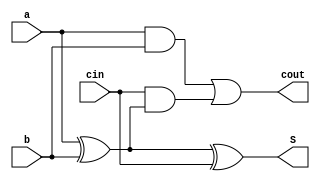
module FA(a, b, cin, S, cout); //bo cong full adder
  input a,b,cin;
  output S,cout;
  
  assign S=a^b^cin;
  assign cout=((a&b)|(cin&(a^b)));
  
endmodule

//adder 5bit
module adder_5bit(in1, in2, S, Cout);//bo cong 5bit
  input [4:0] in1, in2;
  output [4:0] S;
  output Cout;
  
  wire [4:1] temp;
 
  FA FA_0(.a(in1[0]), .b(in2[0]), .cin(1'b0), .S(S[0]), .cout(temp[1]));
  FA FA_1(.a(in1[1]), .b(in2[1]), .cin(temp[1]), .S(S[1]), .cout(temp[2]));
  FA FA_2(.a(in1[2]), .b(in2[2]), .cin(temp[2]), .S(S[2]), .cout(temp[3]));
  FA FA_3(.a(in1[3]), .b(in2[3]), .cin(temp[3]), .S(S[3]), .cout(temp[4]));
  FA FA_4(.a(in1[4]), .b(in2[4]), .cin(temp[4]), .S(S[4]), .cout(Cout));
endmodule

//adder 8bit
module adder_8bit(in1, in2, S, Cout);//bo cong 8 bit
  input [7:0] in1, in2;
  output [7:0] S;
  output Cout;
  
  wire [7:1] temp;
  
  FA FA_0(.a(in1[0]), .b(in2[0]), .cin(1'b0), .S(S[0]), .cout(temp[1]));
  FA FA_1(.a(in1[1]), .b(in2[1]), .cin(temp[1]), .S(S[1]), .cout(temp[2]));
  FA FA_2(.a(in1[2]), .b(in2[2]), .cin(temp[2]), .S(S[2]), .cout(temp[3]));
  FA FA_3(.a(in1[3]), .b(in2[3]), .cin(temp[3]), .S(S[3]), .cout(temp[4]));
  FA FA_4(.a(in1[4]), .b(in2[4]), .cin(temp[4]), .S(S[4]), .cout(temp[5]));
  FA FA_5(.a(in1[5]), .b(in2[5]), .cin(temp[5]), .S(S[5]), .cout(temp[6]));
  FA FA_6(.a(in1[6]), .b(in2[6]), .cin(temp[6]), .S(S[6]), .cout(temp[7]));
  FA FA_7(.a(in1[7]), .b(in2[7]), .cin(temp[7]), .S(S[7]), .cout(Cout));
endmodule 

//adder 10bit

module adder_10bit(in1, in2, S, Cout);//bo cong 10bit
  input [9:0] in1, in2;
  output [9:0] S;
  output Cout;
  
  wire [9:1] temp;

  FA FA_10(.a(in1[0]), .b(in2[0]), .cin(1'b0), .S(S[0]), .cout(temp[1]));
  FA FA_11(.a(in1[1]), .b(in2[1]), .cin(temp[1]), .S(S[1]), .cout(temp[2]));
  FA FA_12(.a(in1[2]), .b(in2[2]), .cin(temp[2]), .S(S[2]), .cout(temp[3]));
  FA FA_13(.a(in1[3]), .b(in2[3]), .cin(temp[3]), .S(S[3]), .cout(temp[4]));
  FA FA_14(.a(in1[4]), .b(in2[4]), .cin(temp[4]), .S(S[4]), .cout(temp[5]));
  FA FA_15(.a(in1[5]), .b(in2[5]), .cin(temp[5]), .S(S[5]), .cout(temp[6]));
  FA FA_16(.a(in1[6]), .b(in2[6]), .cin(temp[6]), .S(S[6]), .cout(temp[7]));
  FA FA_17(.a(in1[7]), .b(in2[7]), .cin(temp[7]), .S(S[7]), .cout(temp[8]));
  FA FA_18(.a(in1[8]), .b(in2[8]), .cin(temp[8]), .S(S[8]), .cout(temp[9]));
  FA FA_19(.a(in1[9]), .b(in2[9]), .cin(temp[9]), .S(S[9]), .cout(Cout));
endmodule

//adder 25bit
module adder_25bit(in1, in2, S, Cout);//bo cong 25bit
  input [24:0] in1, in2;
  output [24:0] S;
  output Cout;
  
  wire [24:1] temp;
  
  FA FA_20(.a(in1[0]), .b(in2[0]), .cin(1'b0), .S(S[0]), .cout(temp[1]));
  FA FA_21(.a(in1[1]), .b(in2[1]), .cin(temp[1]), .S(S[1]), .cout(temp[2]));
  FA FA_22(.a(in1[2]), .b(in2[2]), .cin(temp[2]), .S(S[2]), .cout(temp[3]));
  FA FA_23(.a(in1[3]), .b(in2[3]), .cin(temp[3]), .S(S[3]), .cout(temp[4]));
  FA FA_24(.a(in1[4]), .b(in2[4]), .cin(temp[4]), .S(S[4]), .cout(temp[5]));
  FA FA_25(.a(in1[5]), .b(in2[5]), .cin(temp[5]), .S(S[5]), .cout(temp[6]));
  FA FA_26(.a(in1[6]), .b(in2[6]), .cin(temp[6]), .S(S[6]), .cout(temp[7]));
  FA FA_27(.a(in1[7]), .b(in2[7]), .cin(temp[7]), .S(S[7]), .cout(temp[8]));
  FA FA_28(.a(in1[8]), .b(in2[8]), .cin(temp[8]), .S(S[8]), .cout(temp[9]));
  FA FA_29(.a(in1[9]), .b(in2[9]), .cin(temp[9]), .S(S[9]), .cout(temp[10]));
  FA FA_30(.a(in1[10]), .b(in2[10]), .cin(temp[10]), .S(S[10]), .cout(temp[11]));
  FA FA_31(.a(in1[11]), .b(in2[11]), .cin(temp[11]), .S(S[11]), .cout(temp[12]));
  FA FA_32(.a(in1[12]), .b(in2[12]), .cin(temp[12]), .S(S[12]), .cout(temp[13]));
  FA FA_33(.a(in1[13]), .b(in2[13]), .cin(temp[13]), .S(S[13]), .cout(temp[14]));
  FA FA_34(.a(in1[14]), .b(in2[14]), .cin(temp[14]), .S(S[14]), .cout(temp[15]));
  FA FA_35(.a(in1[15]), .b(in2[15]), .cin(temp[15]), .S(S[15]), .cout(temp[16]));
  FA FA_36(.a(in1[16]), .b(in2[16]), .cin(temp[16]), .S(S[16]), .cout(temp[17]));
  FA FA_37(.a(in1[17]), .b(in2[17]), .cin(temp[17]), .S(S[17]), .cout(temp[18]));
  FA FA_38(.a(in1[18]), .b(in2[18]), .cin(temp[18]), .S(S[18]), .cout(temp[19]));
  FA FA_39(.a(in1[19]), .b(in2[19]), .cin(temp[19]), .S(S[19]), .cout(temp[20]));
  FA FA_40(.a(in1[20]), .b(in2[20]), .cin(temp[20]), .S(S[20]), .cout(temp[21]));
  FA FA_41(.a(in1[21]), .b(in2[21]), .cin(temp[21]), .S(S[21]), .cout(temp[22]));
  FA FA_42(.a(in1[22]), .b(in2[22]), .cin(temp[22]), .S(S[22]), .cout(temp[23]));
  FA FA_43(.a(in1[23]), .b(in2[23]), .cin(temp[23]), .S(S[23]), .cout(temp[24]));
  FA FA_44(.a(in1[24]), .b(in2[24]), .cin(temp[24]), .S(S[24]), .cout(Cout));
endmodule